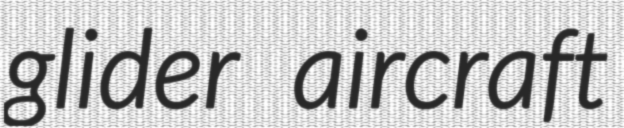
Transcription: glider aircraft